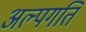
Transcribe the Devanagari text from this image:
अल्पगति